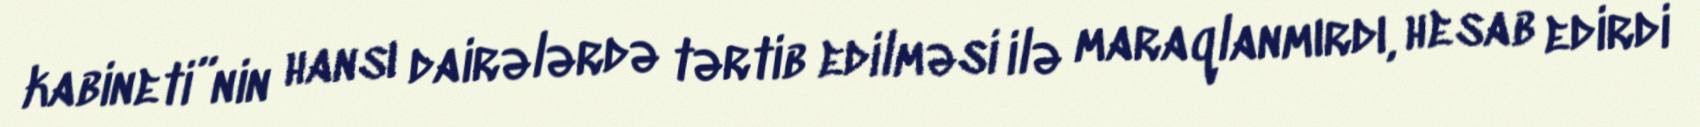
kabineti”nin hansı dairələrdə tərtib edilməsi ilə maraqlanmırdı, hesab edirdi